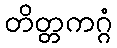
တိတ္တကဂ္ဂံ